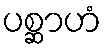
ပစ္ဆာဟံ